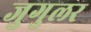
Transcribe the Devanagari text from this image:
जुगुलर